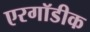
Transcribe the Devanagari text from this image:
एरगॉडीक